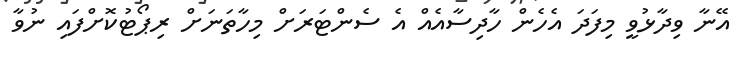
އޭނާ ވިދާޅުވީ މިފަދަ އެހެން ހާދިސާއެއް އެ ސެންޓަރަށް މިހާތަނަށް ރިޕޯޓުކޮށްފައި ނުވާ